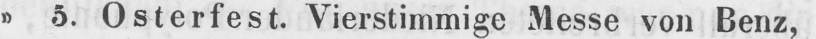
» 5. Osterfest. Vierstimmige Messe von Benz,